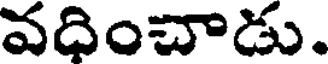
వధించాడు.